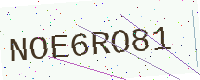
Text: NOE6RO81